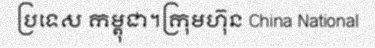
ប្រទេស កម្ពុជា។ក្រុមហ៊ុន China National